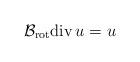
LaTeX: \begin{align*}\mathcal{B}_{\mathrm{rot}} \mathrm{div}\, u = u \end{align*}